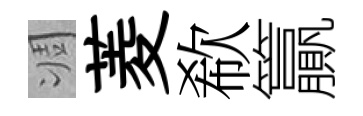
凋菱欷籯